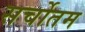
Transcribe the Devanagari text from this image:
सर्चोतम